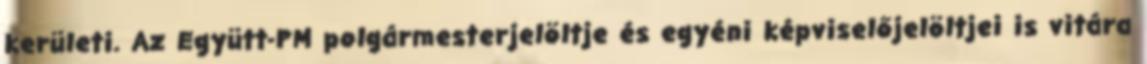
kerületi. Az Együtt-PM polgármesterjelöltje és egyéni képviselőjelöltjei is vitára